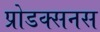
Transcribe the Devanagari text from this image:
प्रोडक्सनस